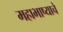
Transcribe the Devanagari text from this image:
महाभाष्याचे